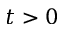
t > 0